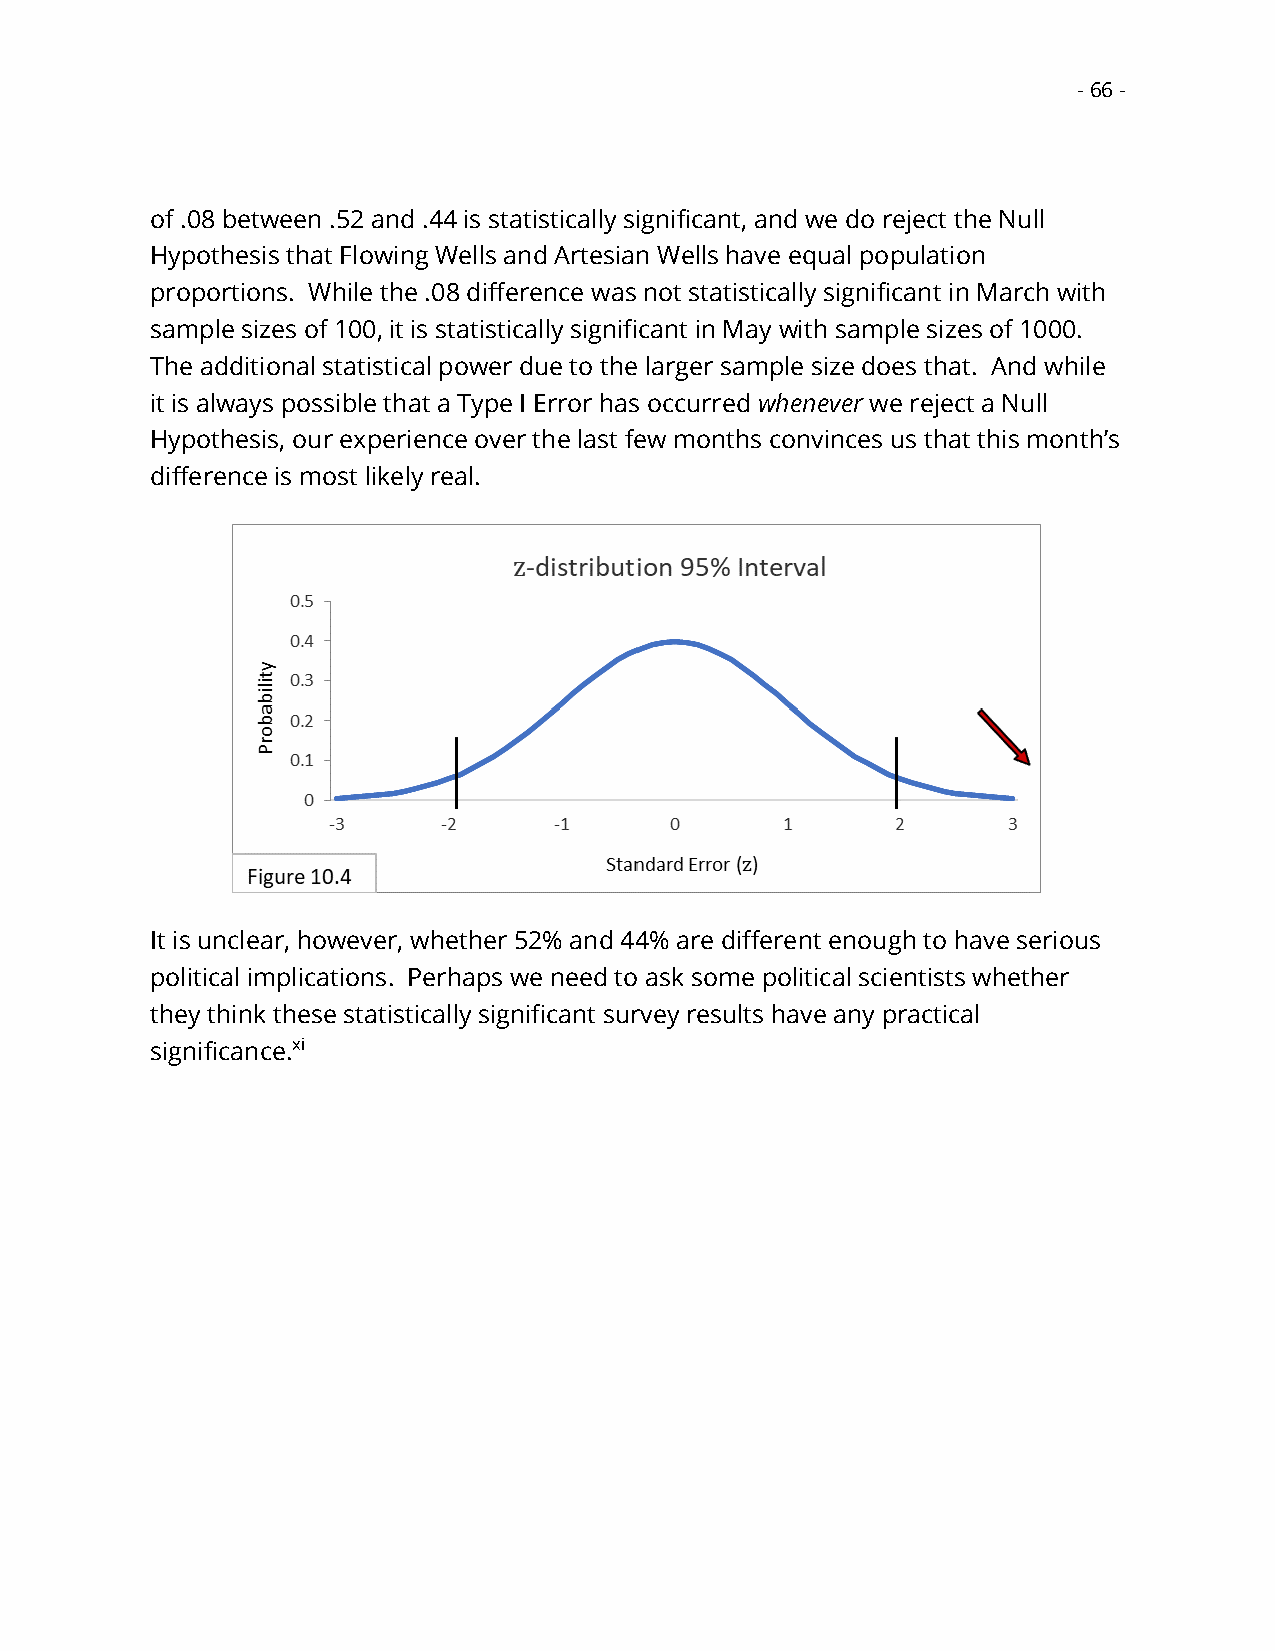
- 66 -
 of .08 between .52 and .44 is statistically significant, and we do reject the Null
 Hypothesis that Flowing Wells and Artesian Wells have equal population
 proportions. While the .08 difference was not statistically significant in March with
 sample sizes of 100, it is statistically significant in May with sample sizes of 1000.
 The additional statistical power due to the larger sample size does that. And while
 it is always possible that a Type I Error has occurred whenever we reject a Null
 Hypothesis, our experience over the last few months convinces us that this month’s
 difference is most likely real.
 It is unclear, however, whether 52% and 44% are different enough to have serious
 political implications. Perhaps we need to ask some political scientists whether
 they think these statistically significant survey results have any practical
 significance.xi